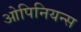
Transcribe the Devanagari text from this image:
ओपिनियन्स